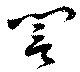
誾